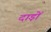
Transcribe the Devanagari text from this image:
दाड़ों